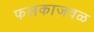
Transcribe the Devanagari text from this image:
फलकाजवळ